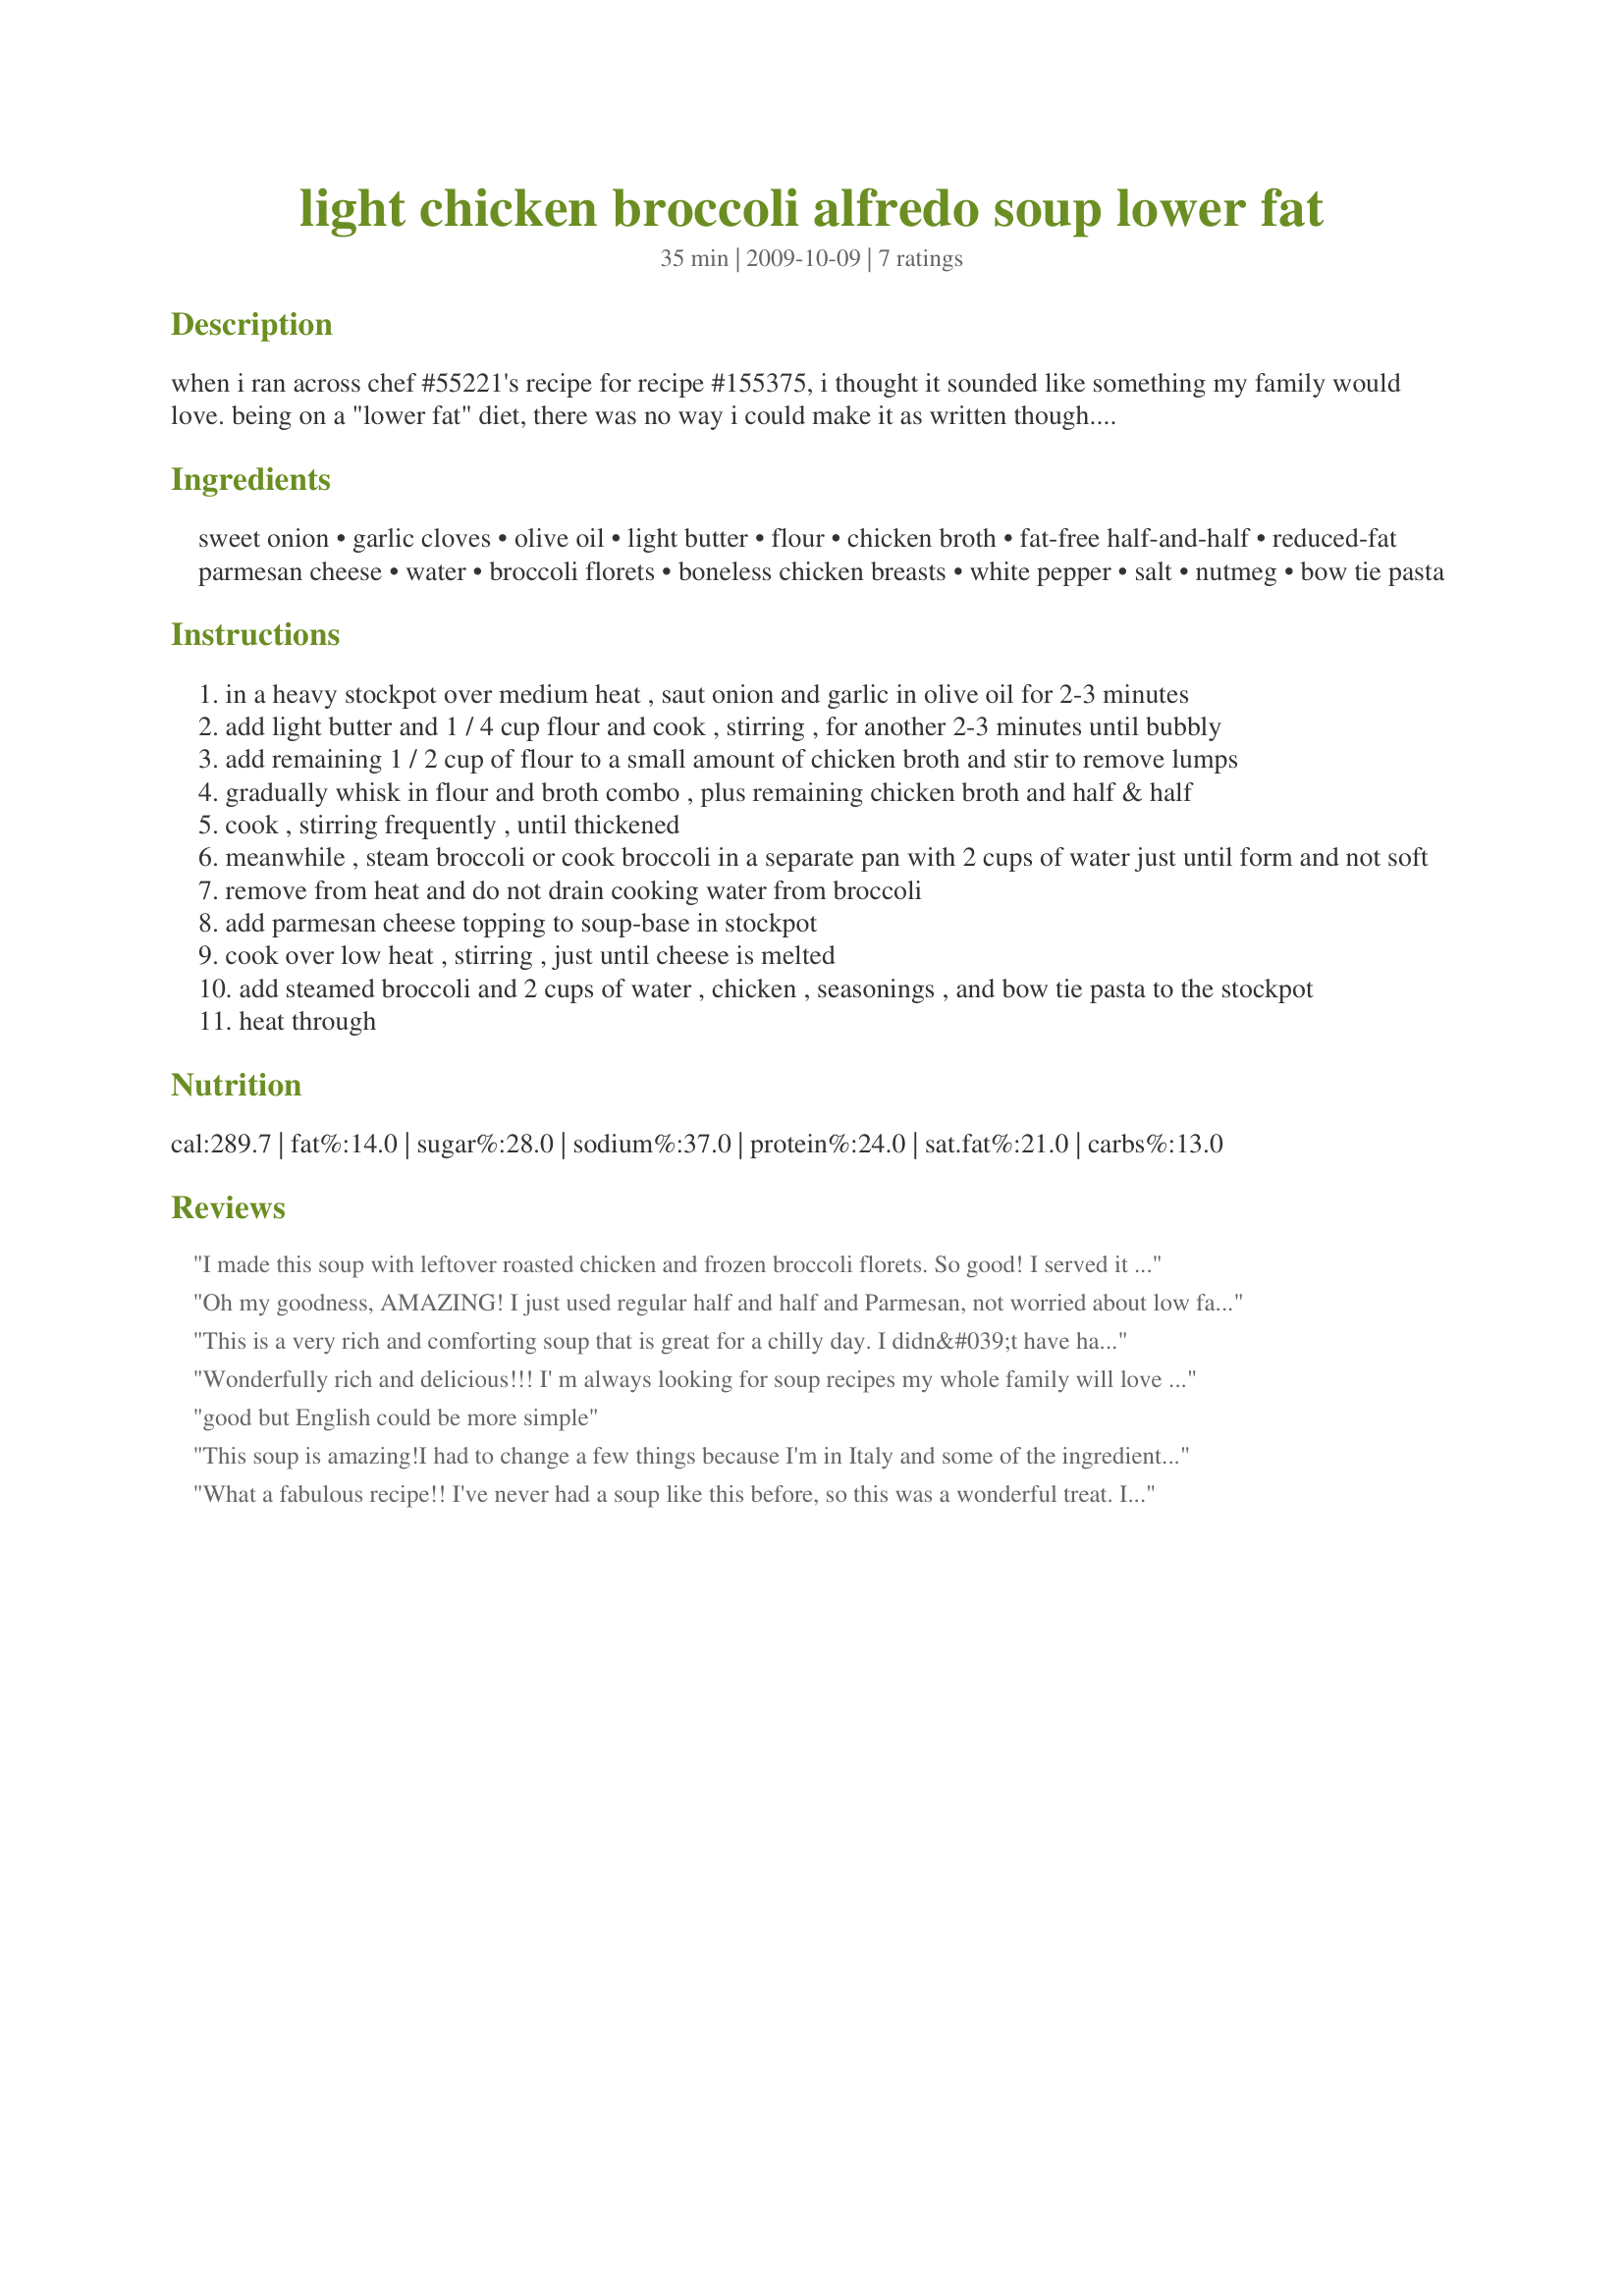
light chicken broccoli alfredo soup lower fat
Preparation time: 35 minutes

when i ran across chef #55221's recipe for recipe #155375, i thought it sounded like something my family would love. being on a "lower fat" diet, there was no way i could make it as written though. i was really pleased with how well the recipe modified to meet my dietary needs. it was still rich and delicious, and everyone loved it. here is my lightened up version.

Ingredients:
sweet onion, garlic cloves, olive oil, light butter, flour, chicken broth, fat-free half-and-half, reduced-fat parmesan cheese, water, broccoli florets, boneless chicken breasts, white pepper, salt, nutmeg, bow tie pasta

Steps:
in a heavy stockpot over medium heat , saut onion and garlic in olive oil for 2-3 minutes
add light butter and 1 / 4 cup flour and cook , stirring , for another 2-3 minutes until bubbly
add remaining 1 / 2 cup of flour to a small amount of chicken broth and stir to remove lumps
gradually whisk in flour and broth combo , plus remaining chicken broth and half & half
cook , stirring frequently , until thickened
meanwhile , steam broccoli or cook broccoli in a separate pan with 2 cups of water just until form and not soft
remove from heat and do not drain cooking water from broccoli
add parmesan cheese topping to soup-base in stockpot
cook over low heat , stirring , just until cheese is melted
add steamed broccoli and 2 cups of water , chicken , seasonings , and bow tie pasta to the stockpot
heat through

Reviews:
I made this soup with leftover roasted chicken and frozen broccoli florets. So good! I served it over some mini ziti pasta and my boyfriend just loved it. You'd never know it was low-fat.
Oh my goodness, AMAZING! I just used regular half and half and Parmesan, not worried about low fat. The whole family loved it, kids devoured it.
This is a very rich and comforting soup that is great for a chilly day. I didn&#039;t have half-and-half on hand, so I substitute it with one cup heavy cream and two cups milk. The soup turned out to be a little thick than I like, so added more chicken broth to make it thinner. Final result was great!
Wonderfully rich and delicious!!! I' m always looking for soup recipes my whole family will love and everyone gave this recipe 5 stars! I used real butter and the regular parmesan because that's what I had on hand (I did use the fat free half and half). This recipe made a ton of soup but everyone is looking forward to eating the leftovers. Thanks so much for posting!
good but English could be more simple
This soup is amazing!<br/>I had to change a few things because I'm in Italy and some of the ingredients are not available in the supermarkets like in the US though...<br/>I used two Tbsp of cream and four of partially skimmed milk instead of the half-and-half, used turkey breast because I didn't have chicken, a vegetable boullion in two cups of water because I didn't have chicken stock, and instead of parmesan used grated gauda cheese and a dash of sweet paprika to add a little bit of spiciness.<br/>A-MA-ZING! Real comfort food! Delicious! Absolutely a keeper! Thanks for posting!
What a fabulous recipe!! I've never had a soup like this before, so this was a wonderful treat. I couldn't make myself use the green-canned parmesan, so fresh full fat parm was put to good use. I also couldn't find light butter...regular went in. Nonetheless, each bite was full flavored and delicious. Thanks so much for lightening this version up for us, Marg. Mmmmm...
